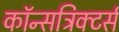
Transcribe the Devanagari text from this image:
कॉन्सट्रिक्टर्स